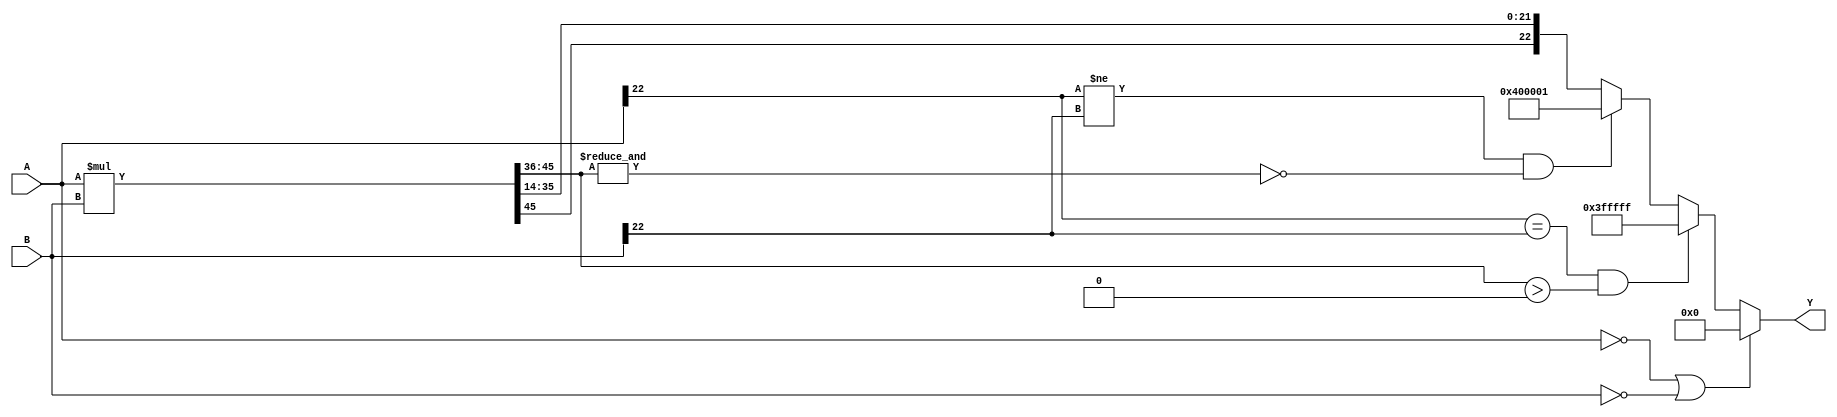
`timescale 1ns / 1ps
//////////////////////////////////////////////////////////////////////////////////
// Company: 
// Engineer: 
// 
// Design Name: 
// Module Name:    Multipilcacion_2 
// Project Name: 
// Target Devices: 
// Tool versions: 
// Description: 
//
// Dependencies: 
//
// Revision: 
// Revision 0.01 - File Created
// Additional Comments: 
//
//////////////////////////////////////////////////////////////////////////////////
module Multipilcacion_2#(parameter Width = 23, Presicion = 14, Magnitud = Width-Presicion-1)
		(
		input wire signed [Width-1:0] A,B,
		output reg signed [Width-1:0] Y
		);

wire signed [2*Width-1:0] Aux;
assign Aux = A*B;

localparam [Width:0]
	maximo = 2**(Width-1)-1,
	minimo = 2**(Width-1)+1,
	cero = 0;

always@*
	begin
	if(A==0 || B==0)
		Y=cero;
	else
		begin
			if((A[Width-1]==B[Width-1])&&(Aux[2*Width-1:(2*Presicion+Magnitud)]>0))
				Y=maximo;
			else if((A[Width-1]!=B[Width-1])&&~(&Aux[2*Width-1:(2*Presicion+Magnitud)]))
				Y=minimo;
			else
				Y={Aux[2*Width-1],Aux[2*Width-3-Magnitud:Presicion]};
		end
	end		


endmodule